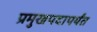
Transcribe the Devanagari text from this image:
प्रमुखपदापर्यंत